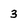
Character: 3